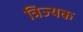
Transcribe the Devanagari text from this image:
त्रिज्यक